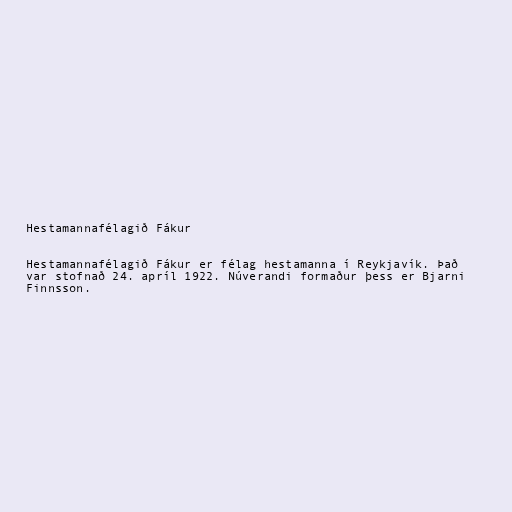
Hestamannafélagið Fákur

Hestamannafélagið Fákur er félag hestamanna í Reykjavík. Það
var stofnað 24. apríl 1922. Núverandi formaður þess er Bjarni
Finnsson.